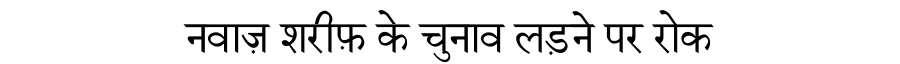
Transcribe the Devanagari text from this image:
नवाज़ शरीफ़ के चुनाव लड़ने पर रोक